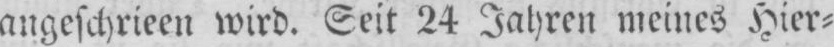
angeschrieen wird. Seit 24 Jahren meines Hier⸗